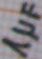
Text: 1µF